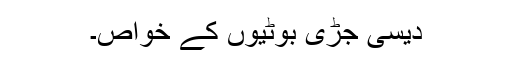
دیسی جڑی بوٹیوں کے خواص۔